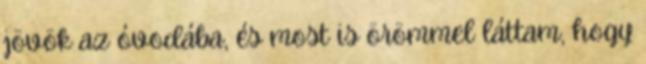
jövök az óvodába, és most is örömmel láttam, hogy